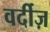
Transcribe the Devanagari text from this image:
वर्दीज़